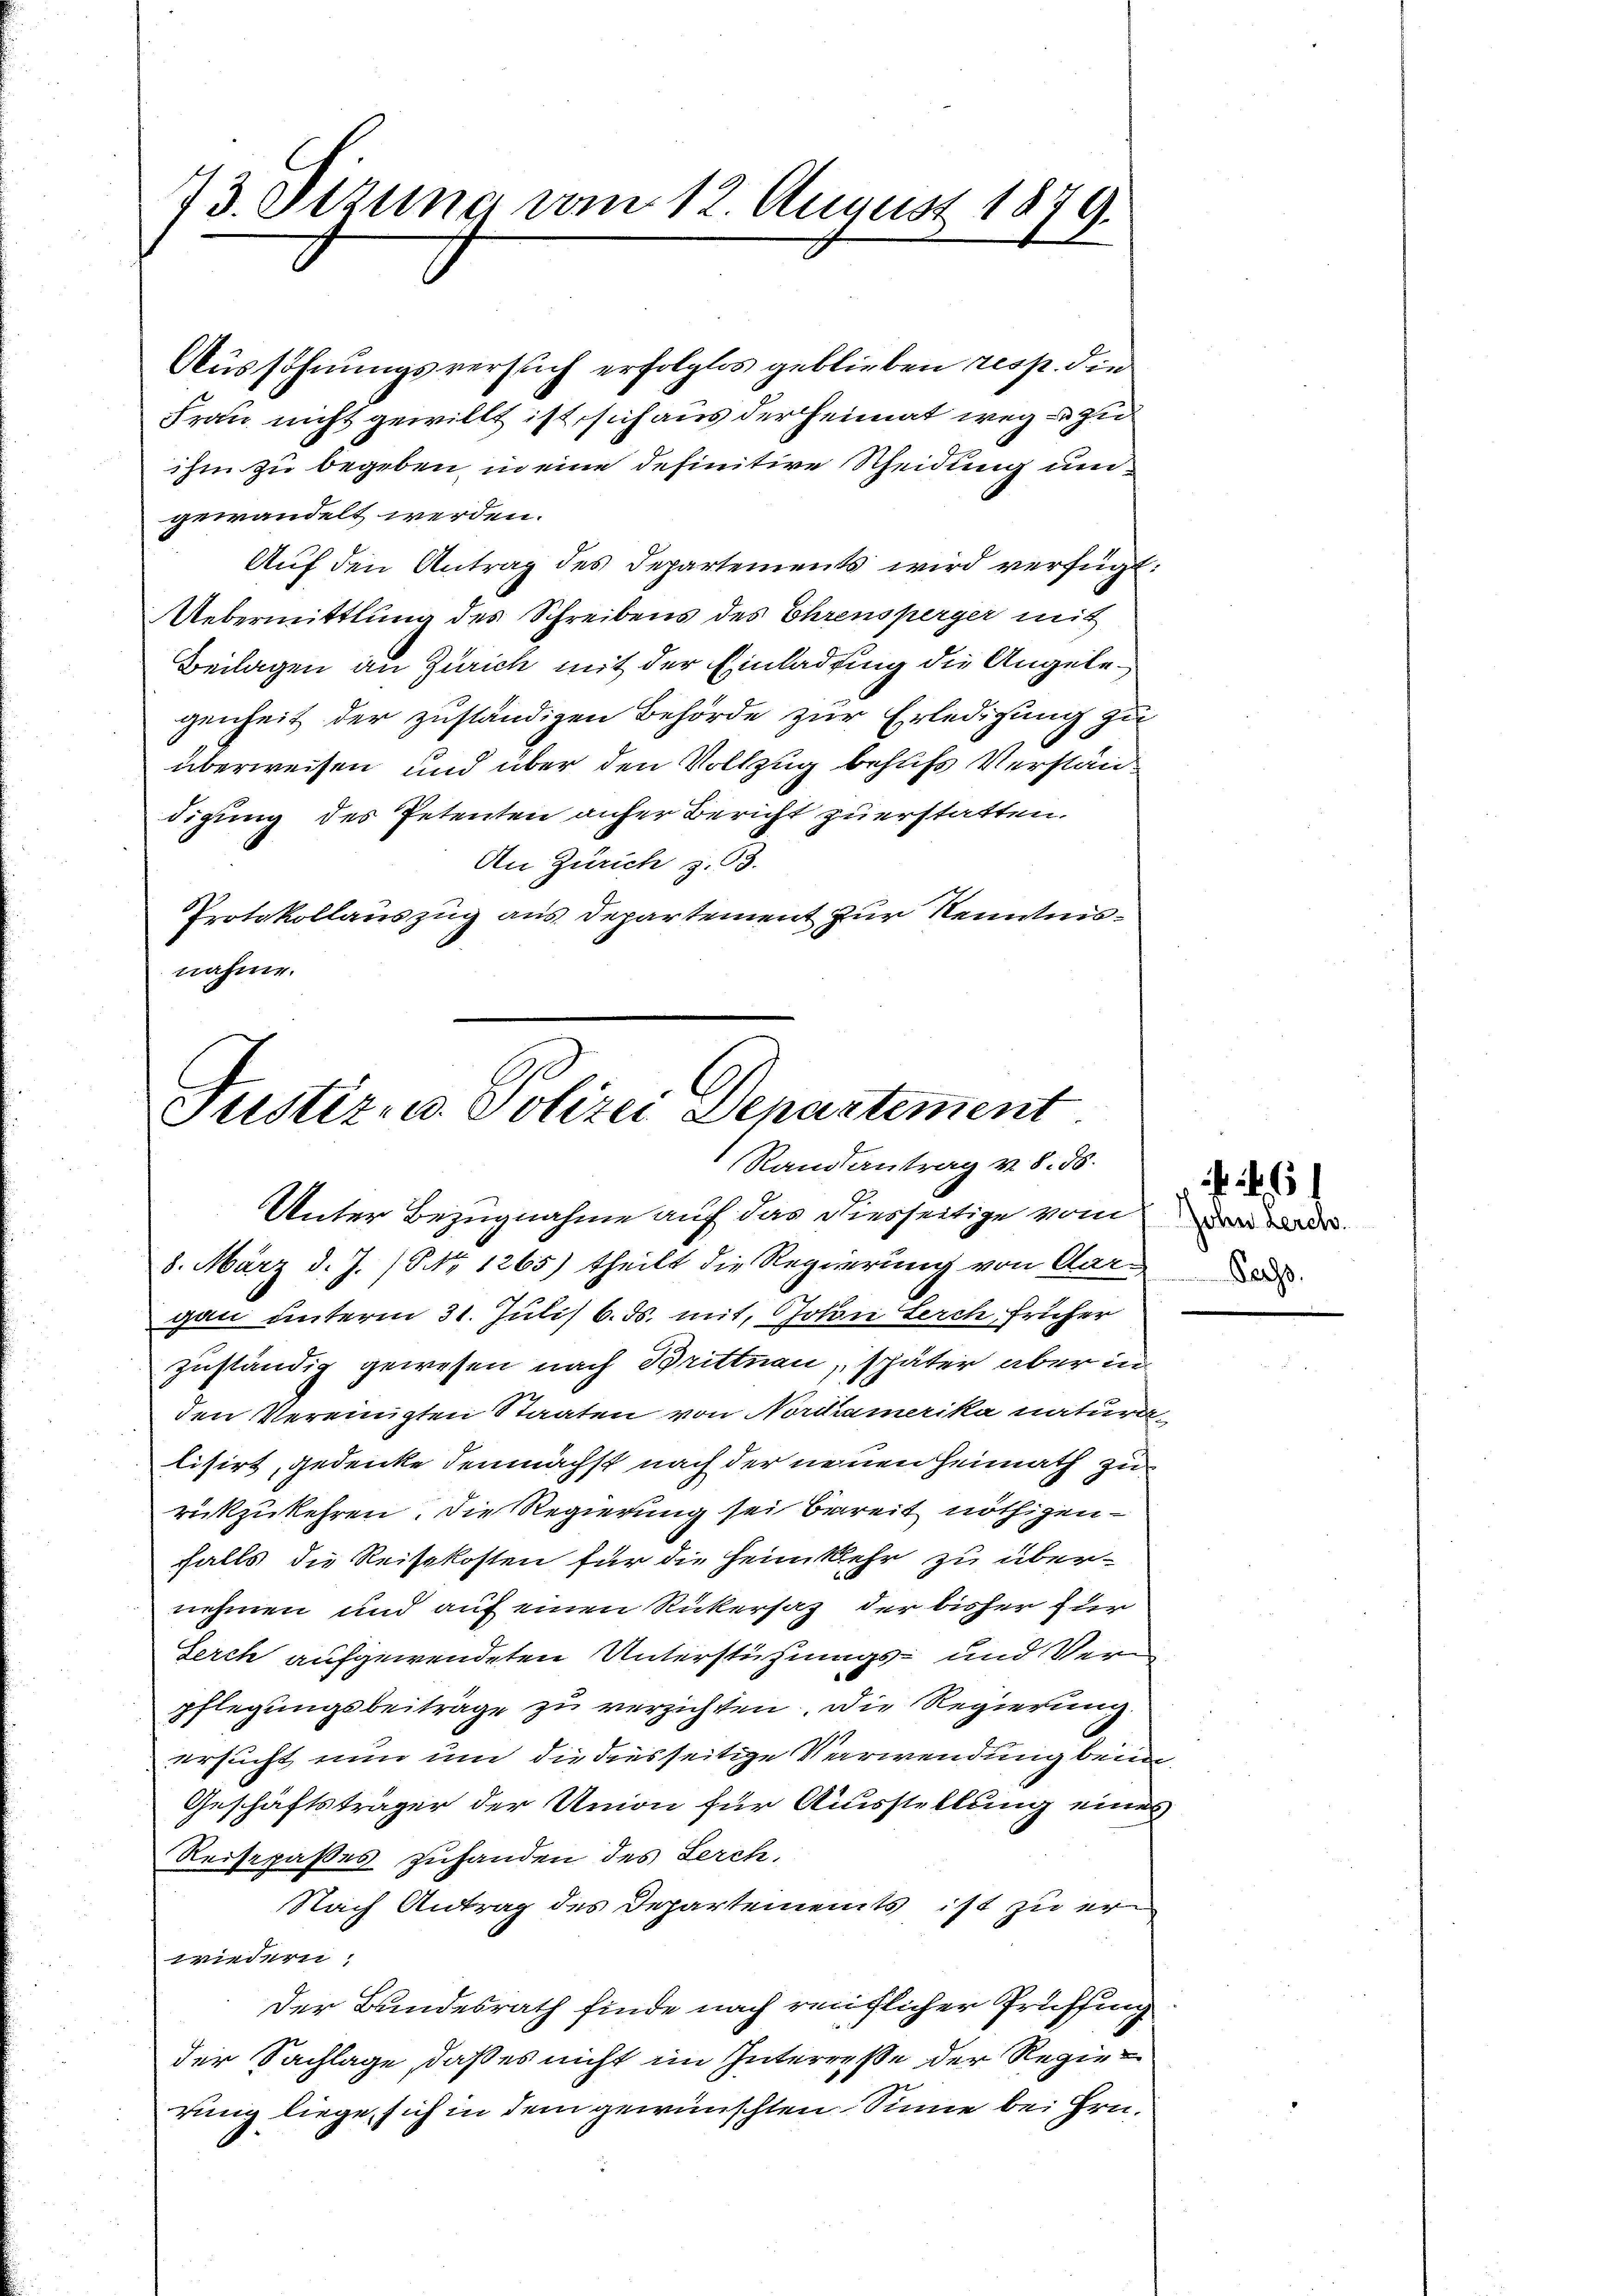
73. Setzung vom 12. August 1879.

Aussöhnungsversuch erfolglos geblieben resp. die
Frau nicht gewillt ist, sich aus der Heimat weg zu
ihm zu begeben, in eine definitive Scheidung und
gewandelt werden.
Auf den Antrag des Departements wird verfügt:
Uebermittlung des Schreibens des Ehrensperger mit
Beilagen an Zürich mit der Einladung die Angelegenheit der zuständigen Behörde zur Erledigung zu
überweisen und über den Vollzug behufs Verständigung des Petenten anher Bericht zuerstatten.
An Zürich z. 53.
Protokollauszug aus Departement zur Kenntnisnahme.

u
Justiz- u. Polizei Departement
Randantrag v. 8. ds.
Unter Bezugnahme auf das Diesseitige vom

8. März d. J. (NNo. 1265) theilt die Regierung von Aargan unterm 31. Juli 6. ds. mit, Goton Lerch früher
zuständig gewesen nach Brittnau, später aber in
den Vereinigten Staaten von Nordamerika naturalisirt, gedenke demnächst nach der neuen Heimath zu
rückzukehren. Die Regierung sei bereit nöthigen -
falls die Reisekosten für die Heimkehr zu übernehmen und auf einen Rickersaz der bisher für
Serch aufgewendeten Unterstühungs- und Verpflegungsbeiträge zu verzichten. Die Regierung
ersucht nun um die diesseitige Verwendung beim
Geschäftsträger der Union für Ausstellung eines
Reisepaßes zuhanden des Lerch,
Nach Antrag des Departements ist zu erwiedern;
Der Bundesrath finde nach reiflicher Prüffing
der Sachlage, daß es nicht im Interresse der Regie
rung liege sich in dem gewünschten Sinne bei Hrn.

John Lerch
Bachs